Indian journal of veterinary science and animal husbandry - Volumes 15-17, 1948-1951
Year: 1948
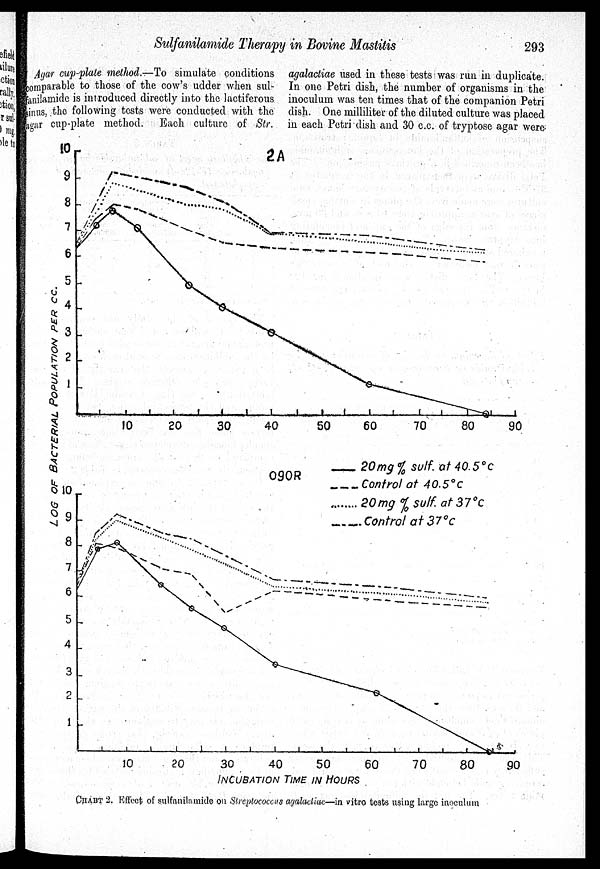
Sulfanilamide Therapy in Bovine Mastitis
293
Agar cup-plate method.—To simulate conditions
comparable to those of the cow's udder when sul-
anilamide is introduced directly into the lactiferous
sinus, the following tests were conducted with the
ager cup-plate method. Each culture of Str.
agalactiae used in these tests was run in duplicate.
In one Petri dish, the number of organisms in the
inoculum was ten times that of the companion Petri
dish. One milliliter of the diluted culture was placed
in each Petri dish and 30 c.c. of tryptose agar were
CHART 2. Effect of sulfanilamide on Streptococcus ayalaclittc—in vitro tests using large inoculum